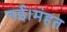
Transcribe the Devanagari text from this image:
गई।मंहत